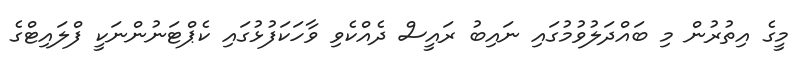
މީގެ އިތުރުން މި ބައްދަލުވުމުގައި ނައިބު ރައީސް ދެއްކެވި ވާހަކަފުޅުގައި ކެޕްޓަނުންނަކީ ފްލައިޓްގެ